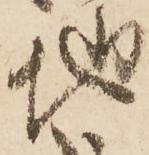
地